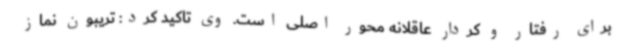
برای رفتار و کردار عاقلانه محور اصلی است. وی تاکید کرد: تریبون نماز